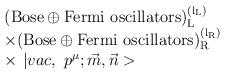
LaTeX: \begin{align*}\begin{array}{l}({\rm {Bose}\oplus {Fermi\ oscillators})_L^{\left( l_L\right) }} \\ \times ({\rm {Bose}\oplus {Fermi\ oscillators})_R^{\left( l_R\right) }} \\ \times \,\,|vac,\,\,p^\mu ;\vec m,\vec n>\end{array}\end{align*}